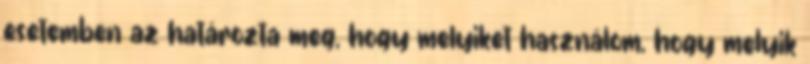
esetemben az határozta meg, hogy melyiket használom, hogy melyik